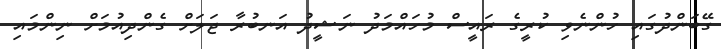
ގޭބަންދުގައި ހުންނެވި ކުރީގެ ރައީސް މުހައްމަދު ނަޝީދު އަނބުރާ ޖަލަށް ގެންދިއުމަށް ނިންމައި